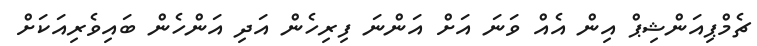
ޗެމްޕިއަންޝިޕް އިން އެއް ވަނަ އަށް އަންނަ ފިރިހެން އަދި އަންހެން ބައިވެރިއަކަށް